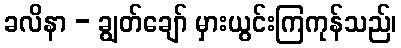
ခလိနာ - ချွတ်ချော် မှားယွင်းကြကုန်သည်၊